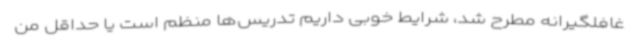
غافلگیرانه مطرح شد، شرایط خوبی داریم تدریس‌ها منظم است یا حداقل من